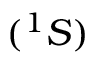
( ^ { 1 } S )